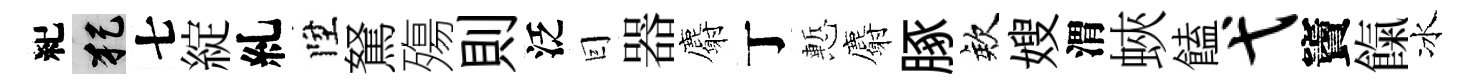
紀犯七綻糺陞駑殤則泛囙器麝丁慙麝䐁欸嫂渭蛺饁弋竇餼冰